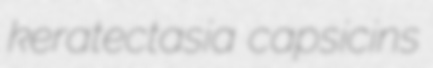
keratectasia capsicins